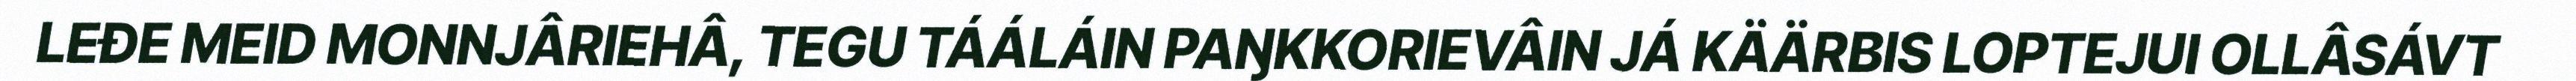
LEĐE MEID MONNJÂRIEHÂ, TEGU TÁÁLÁIN PAŊKKORIEVÂIN JÁ KÄÄRBIS LOPTEJUI OLLÂSÁVT